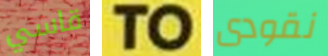
قاسي TO نقودى